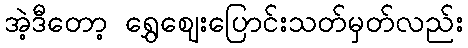
အဲ့ဒီတော့ ရွှေဈေးပြောင်းသတ်မှတ်လည်း